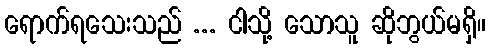
ရောက်ရသေးသည် ... ငါသို့ သောသူ ဆိုဘွယ်မရှိ။